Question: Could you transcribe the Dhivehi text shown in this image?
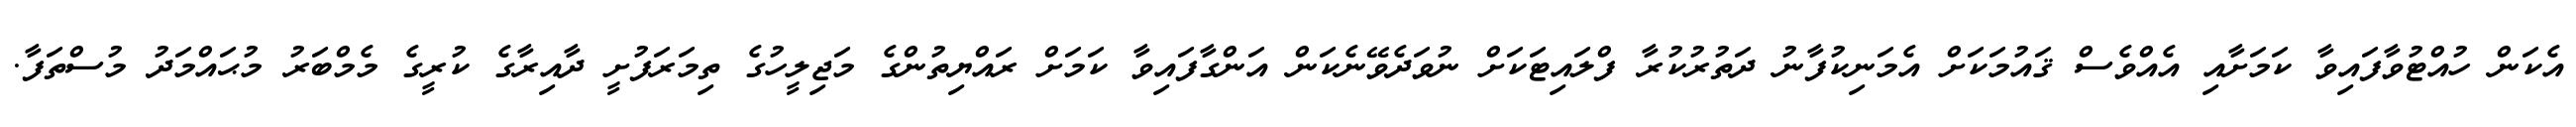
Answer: އެކަން ހުއްޓުވާފައިވާ ކަމަށާއި އެއްވެސް ޤައުމަކަށް އެމަނިކުފާނު ދަތުރުކުރާ ފްލައިޓަކަށް ނުވަދެވޭނެކަން އަންގާފައިވާ ކަމަށް ރައްޔިތުންގެ މަޖިލީހުގެ ތިމަރަފުށީ ދާއިރާގެ ކުރީގެ މެމްބަރު މުޙައްމަދު މުސްތަފާ.